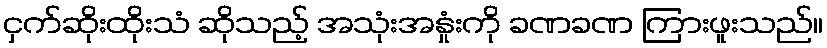
ငှက်ဆိုးထိုးသံ ဆိုသည့် အသုံးအနှုံးကို ခဏခဏ ကြားဖူးသည်။